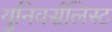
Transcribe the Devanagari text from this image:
युनिवर्सलिस्ट